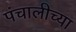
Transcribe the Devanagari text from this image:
पंचालीच्या